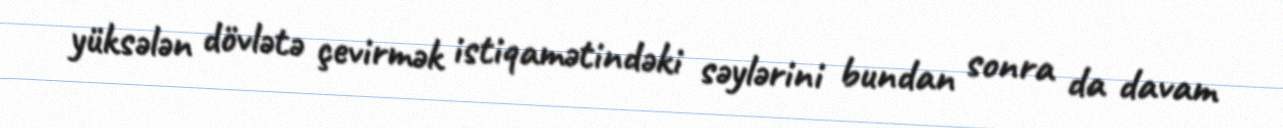
yüksələn dövlətə çevirmək istiqamətindəki səylərini bundan sonra da davam